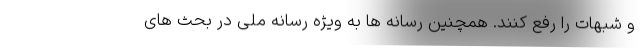
و شبهات را رفع کنند. همچنین رسانه ها به ویژه رسانه ملی در بحث های